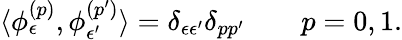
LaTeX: \langle\phi_{\epsilon}^{(p)},\phi_{\epsilon^{\prime}}^{(p^{\prime})}\rangle=\delta_{\epsilon\epsilon^{\prime}}\delta_{pp^{\prime}}\qquad p=0,1.